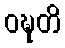
ဝဍ္ဎတိ